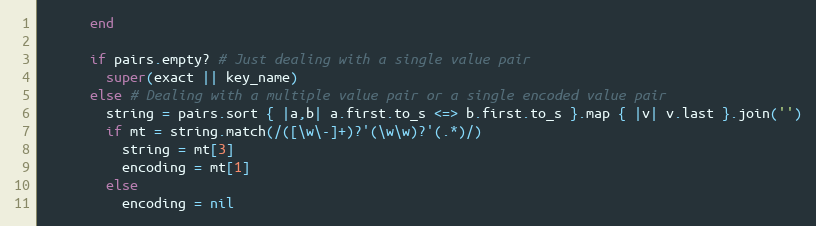
Language: Ruby
      end

      if pairs.empty? # Just dealing with a single value pair
        super(exact || key_name)
      else # Dealing with a multiple value pair or a single encoded value pair
        string = pairs.sort { |a,b| a.first.to_s <=> b.first.to_s }.map { |v| v.last }.join('')
        if mt = string.match(/([\w\-]+)?'(\w\w)?'(.*)/)
          string = mt[3]
          encoding = mt[1]
        else
          encoding = nil